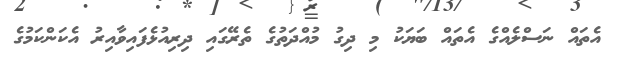
އެތައް ނަސްލެއްގެ އެތައް ބަޔަކު މި ދިގު މުއްދަތުގެ ތެރޭގައި ދިރިއުޅެފައިވާއިރު އެކަންކަމުގެ